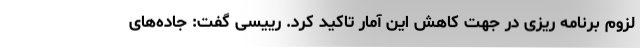
لزوم برنامه ریزی در جهت کاهش این آمار تاکید کرد. رییسی گفت: جاده‌های